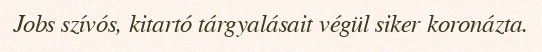
Jobs szívós, kitartó tárgyalásait végül siker koronázta.